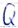
Text: Q